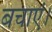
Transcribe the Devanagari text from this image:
बचाएं।